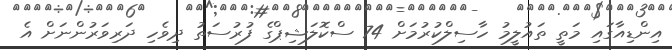
އިންޑިއާގައި މަތީ ތައުލީމު ހާސިލްކުރުމަށް 74 ސްކޮލަޝިޕްގެ ފުރުސަތު ދިވެހި ދަރިވަރުންނަށް އެ